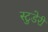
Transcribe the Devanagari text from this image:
स्टुडेरी